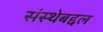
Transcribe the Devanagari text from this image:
संस्थेबद्दल